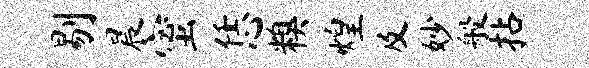
剔晨蜜恁糗煌及妙般拈